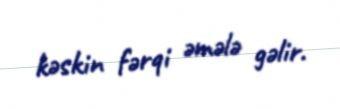
kəskin fərqi əmələ gəlir.